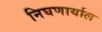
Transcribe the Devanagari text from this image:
निघणार्याल